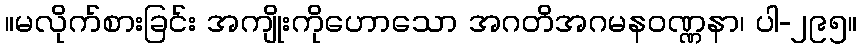
။မလိုက်စားခြင်း အကျိုးကိုဟောသော အဂတိအဂမနဝဏ္ဏနာ၊ ပါ-၂၉၅။